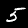
Label: 5